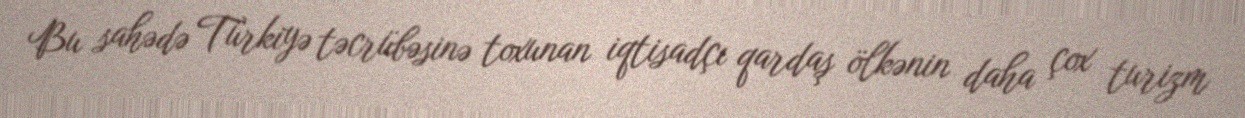
Bu sahədə Türkiyə təcrübəsinə toxunan iqtisadçı qardaş ölkənin daha çox turizm